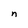
Character: n